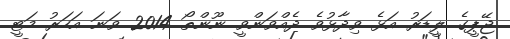
ޖޭޕީގެ ލީޑަރު އަޅެ ވިދާޅުވެ ދެއްވަންވީ ނޫންތޯ 2014 ވަނަ އަހަރު މަޓީ